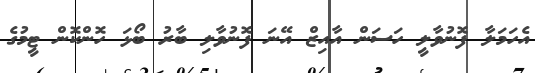
އެހަމަލާ ފޮނުވާލީ ހަސަން އާއިޒް އޭނަ ފޮނުވާލި ބާރު ބޯޅަ ހޮންކޮން ޓީމުގެ